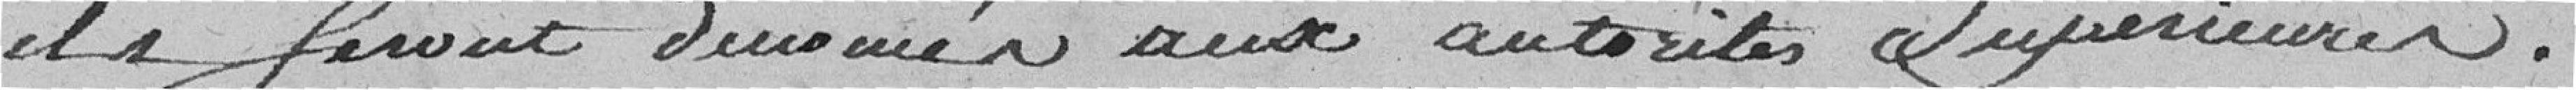
ils Seront dénoncés aux autorités Supérieures .